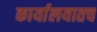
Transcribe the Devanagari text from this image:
कार्यालयातच